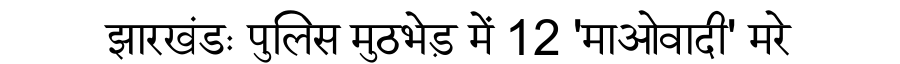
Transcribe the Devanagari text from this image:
झारखंडः पुलिस मुठभेड़ में 12 'माओवादी' मरे